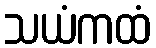
သယံကထံ